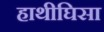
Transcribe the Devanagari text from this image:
हाथीघिसा